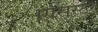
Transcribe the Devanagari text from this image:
एसिस्टर